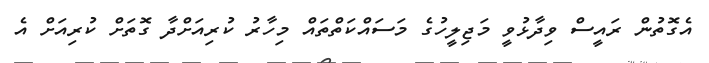
އެގޮތުން ރައީސް ވިދާޅުވީ މަޖިލީހުގެ މަސައްކަތްތައް މިހާރު ކުރިއަށްދާ ގޮތަށް ކުރިއަށް އެ